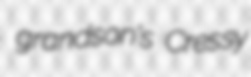
grandson's Cressy